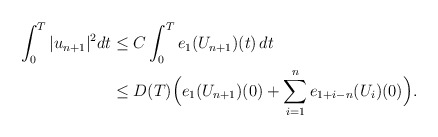
\begin{align*}\int_0^T |u_{n+1}|^2 dt & \le C \int_0^T e_1(U_{n+1})(t)\,dt \\& \le D(T) \Big(e_1(U_{n+1})(0) + \sum_{i=1}^n e_{1+i-n}(U_i)(0)\Big) .\end{align*}